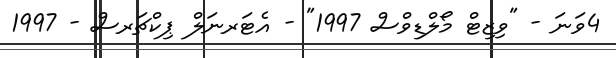
4ވަނަ - "ވިޒިޓް މޯލްޑިވްސް 1997" - އެޓަރނަލް ޕިކްޗަރސް - 1997